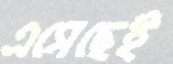
এসেছেই